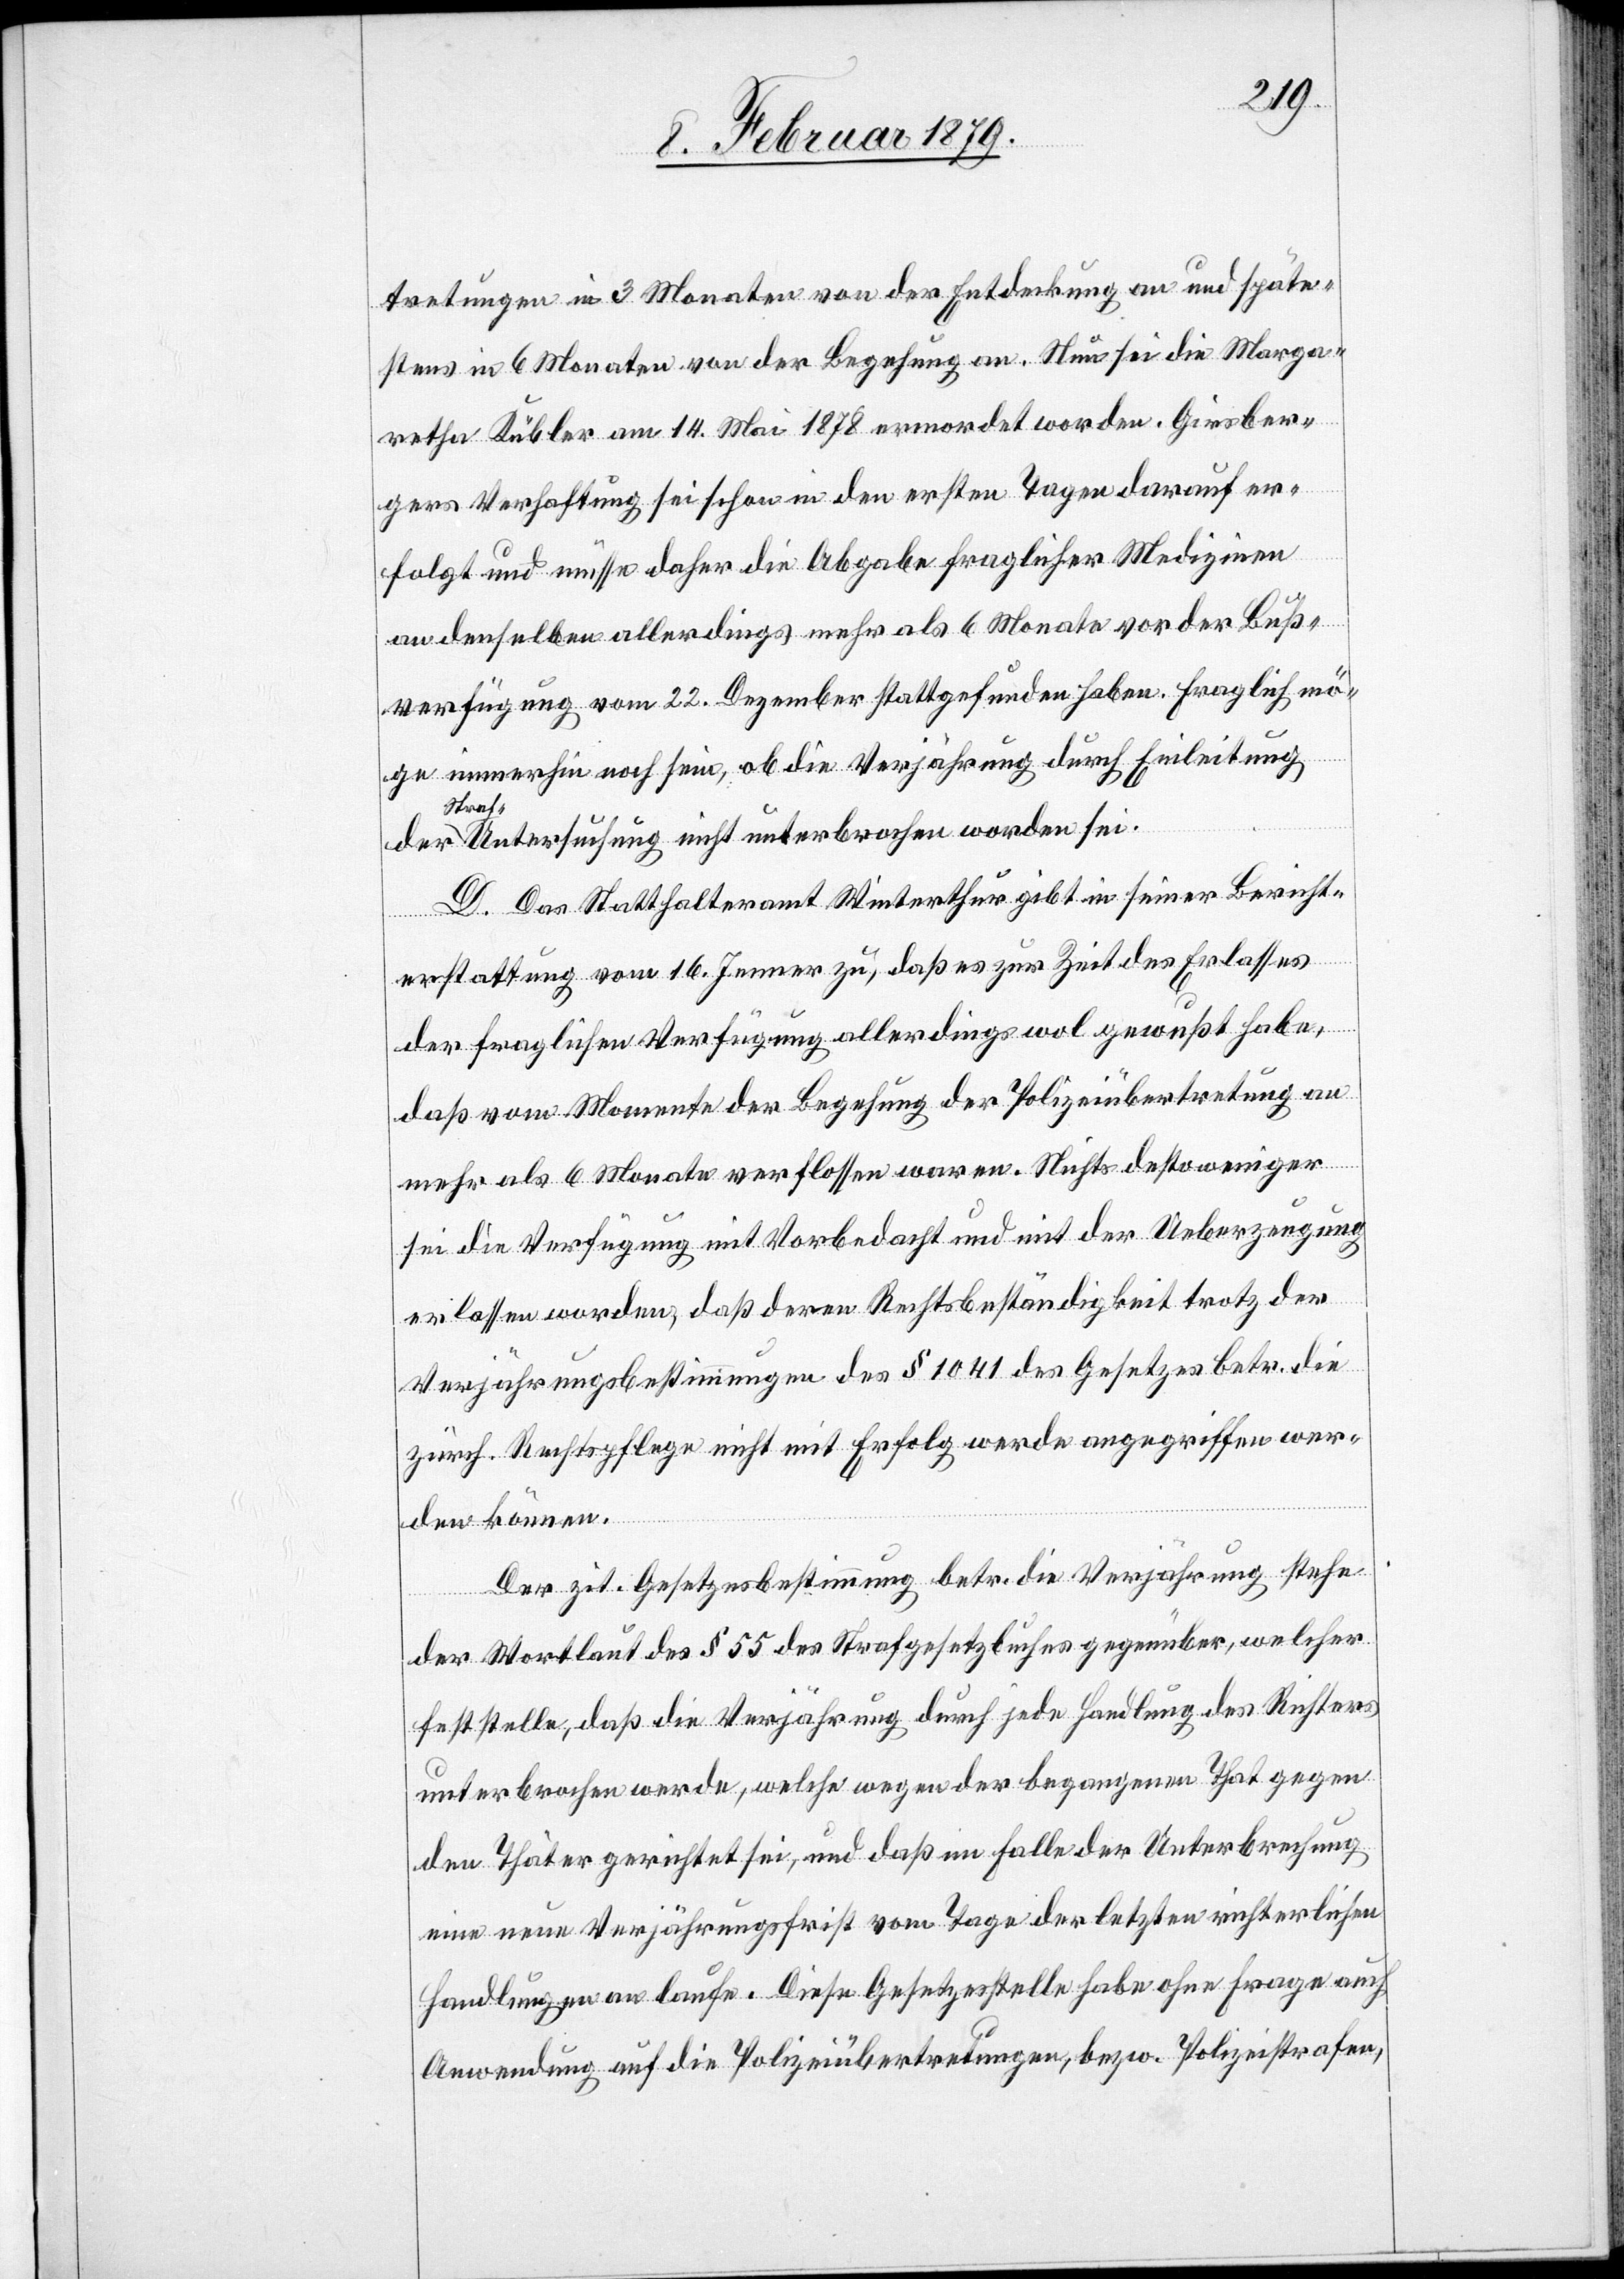
tretungen in 3 Monaten von der Entdeckung an und späte¬
stens in 6 Monaten von der Begehung an. Nun sei die Marga¬
retha Kübler am 14. Mai 1878 ermordet worden. Girsber¬
gers Verhaftung sei schon in den ersten Tagen darauf er¬
folgt und müsse daher die Abgabe fraglicher Medizinen
an denselben allerdings mehr als 6 Monate vor der Buß¬
verfügung vom 22. Dezember stattgefunden haben. Fraglich mö¬
ge immerhin noch sein, ob die Verjährung durch Einleitung
Untersuchung nicht unterbrochen worden sei.
D. Das Statthalteramt Winterthur gibt in seiner Bericht¬
erstattung vom 16. Jenner zu, daß es zur Zeit des Erlasses
der fraglichen Verfügung allerdings wol gewußt habe,
daß vom Momente der Begehung der Polizeiübertretung an
mehr als 6 Monate verflossen waren. Nichts destoweniger
sei die Verfügung mit Vorbedacht und mit der Ueberzeugung
erlassen worden, daß deren Rechtsbeständigkeit trotz der
Verjährungsbestimmungen des § 1041 des Gesetzes betr. die
zürch. Rechtspflege nicht mit Erfolg werde angegriffen wer¬
den können.
Der zit. Gesetzesbestimmung betr. die Verjährung stehe
der
der Wortlaut des § 55 des Strafgesetzbuches gegenüber, welcher
feststelle, daß die Verjährung durch jede Handlung des Richters
unterbrochen werde, welche wegen der begangenen That gegen
den Thäter gerichtet sei, und daß im Falle der Unterbrechung
eine neue Verjährungsfrist vom Tage der letzten richterlichen
Handlung an laufe. Diese Gesetzesstelle habe ohne Frage auch
Anwendung auf die Polizeiübertretungen, bezw. Polizeistrafen,